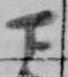
下